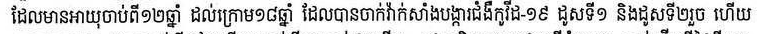
ដែលមានអាយុចាប់ពី ១២ ឆ្នាំ ដល់ក្រោម១៨ឆ្នាំ ដែលបានចាក់វ៉ាក់សាំងបង្ការជំងឺកូវីដ-១៩ ដូសទី១ និងដូសទី២រួច ហើយ